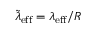
\tilde { \lambda } _ { \mathrm { e f f } } = \lambda _ { \mathrm { e f f } } / R